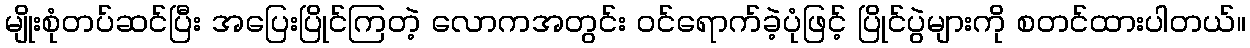
မျိုးစုံတပ်ဆင်ပြီး အပြေးပြိုင်ကြတဲ့ လောကအတွင်း ဝင်ရောက်ခဲ့ပုံဖြင့် ပြိုင်ပွဲများကို စတင်ထားပါတယ်။